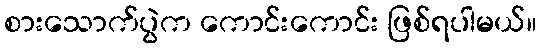
စားသောက်ပွဲက ကောင်းကောင်း ဖြစ်ရပါမယ်။